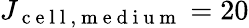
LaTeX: J_{\mathrm{~c~e~l~l~,~m~e~d~i~u~m~}}=20